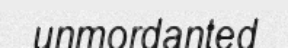
unmordanted